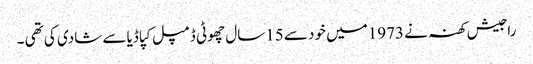
راجیش کھنہ نے 1973میں خود سے 15سال چھوٹی ڈمپل کپاڈیا سے شادی کی تھی ۔